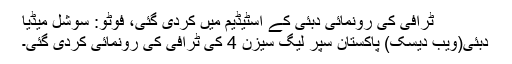
ٹرافی کی رونمائی دبئی کے اسٹیڈیم میں کردی گئی، فوٹو: سوشل میڈیا
دبئی(ویب دیسک) پاکستان سپر لیگ سیزن 4 کی ٹرافی کی رونمائی کردی گئی۔